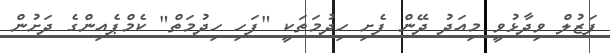
ފަޒުލް ވިދާޅުވީ މިއަދު ދޭން ފެށި ހިދުމަތަކީ "ފަހި ހިދުމަތް" ކެމްޕެއިންގެ ދަށުން